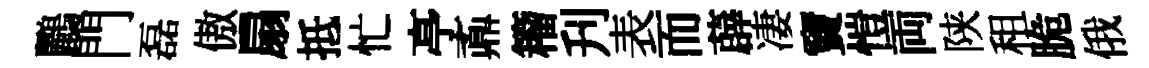
鸝門磊傲扇抵忙𠅘鼒籕刋表而薜凄竇愷両陕租脆俄